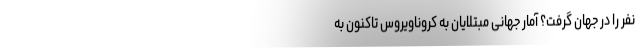
نفر را در جهان گرفت؟ آمار جهانیِ مبتلایان به کروناویروس تاکنون به